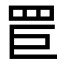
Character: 𦊐